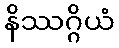
နိဿဂ္ဂိယံ